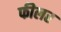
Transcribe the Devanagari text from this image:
फीलर